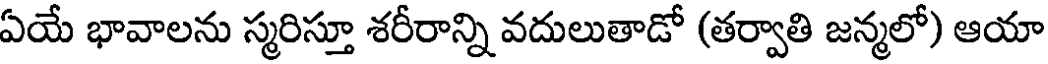
ఏయే భావాలను స్మరిస్తూ శరీరాన్ని వదులుతాడో (తర్వాతి జన్మలో) ఆయా